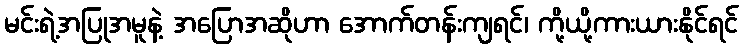
မင်းရဲ့အပြုအမူနဲ့ အပြောအဆိုဟာ အောက်တန်းကျရင်၊ ကို့ယို့ကားယားနိုင်ရင်